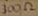
Text: 300Ω